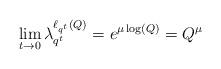
LaTeX: \begin{align*} \lim_{t \to 0} \lambda_{q^t}^{\ell_{q^t}(Q)} = e^{\mu \log(Q)} = Q^\mu \end{align*}